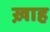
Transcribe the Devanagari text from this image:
ख़ाह